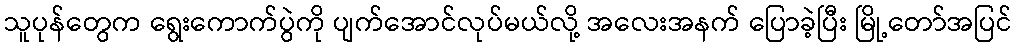
သူပုန်တွေက ရွေးကောက်ပွဲကို ပျက်အောင်လုပ်မယ်လို့ အလေးအနက် ပြောခဲ့ပြီး မြို့တော်အပြင်